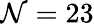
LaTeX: \mathcal{N}=23